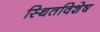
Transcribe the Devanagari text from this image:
स्थितविशेष